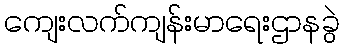
ကျေးလက်ကျန်းမာရေးဌာနခွဲ